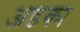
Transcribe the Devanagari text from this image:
अडका